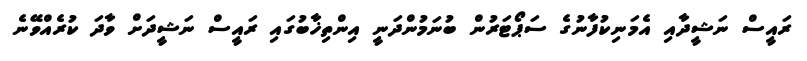
ރައީސް ނަޝީދާއި އެމަނިކުފާނުގެ ސަޕޯޓަރުން ބުނަމުންދަނީ އިންތިޚާބުގައި ރައީސް ނަޝީދަށް ވާދަ ކުރެއްވޭނެ